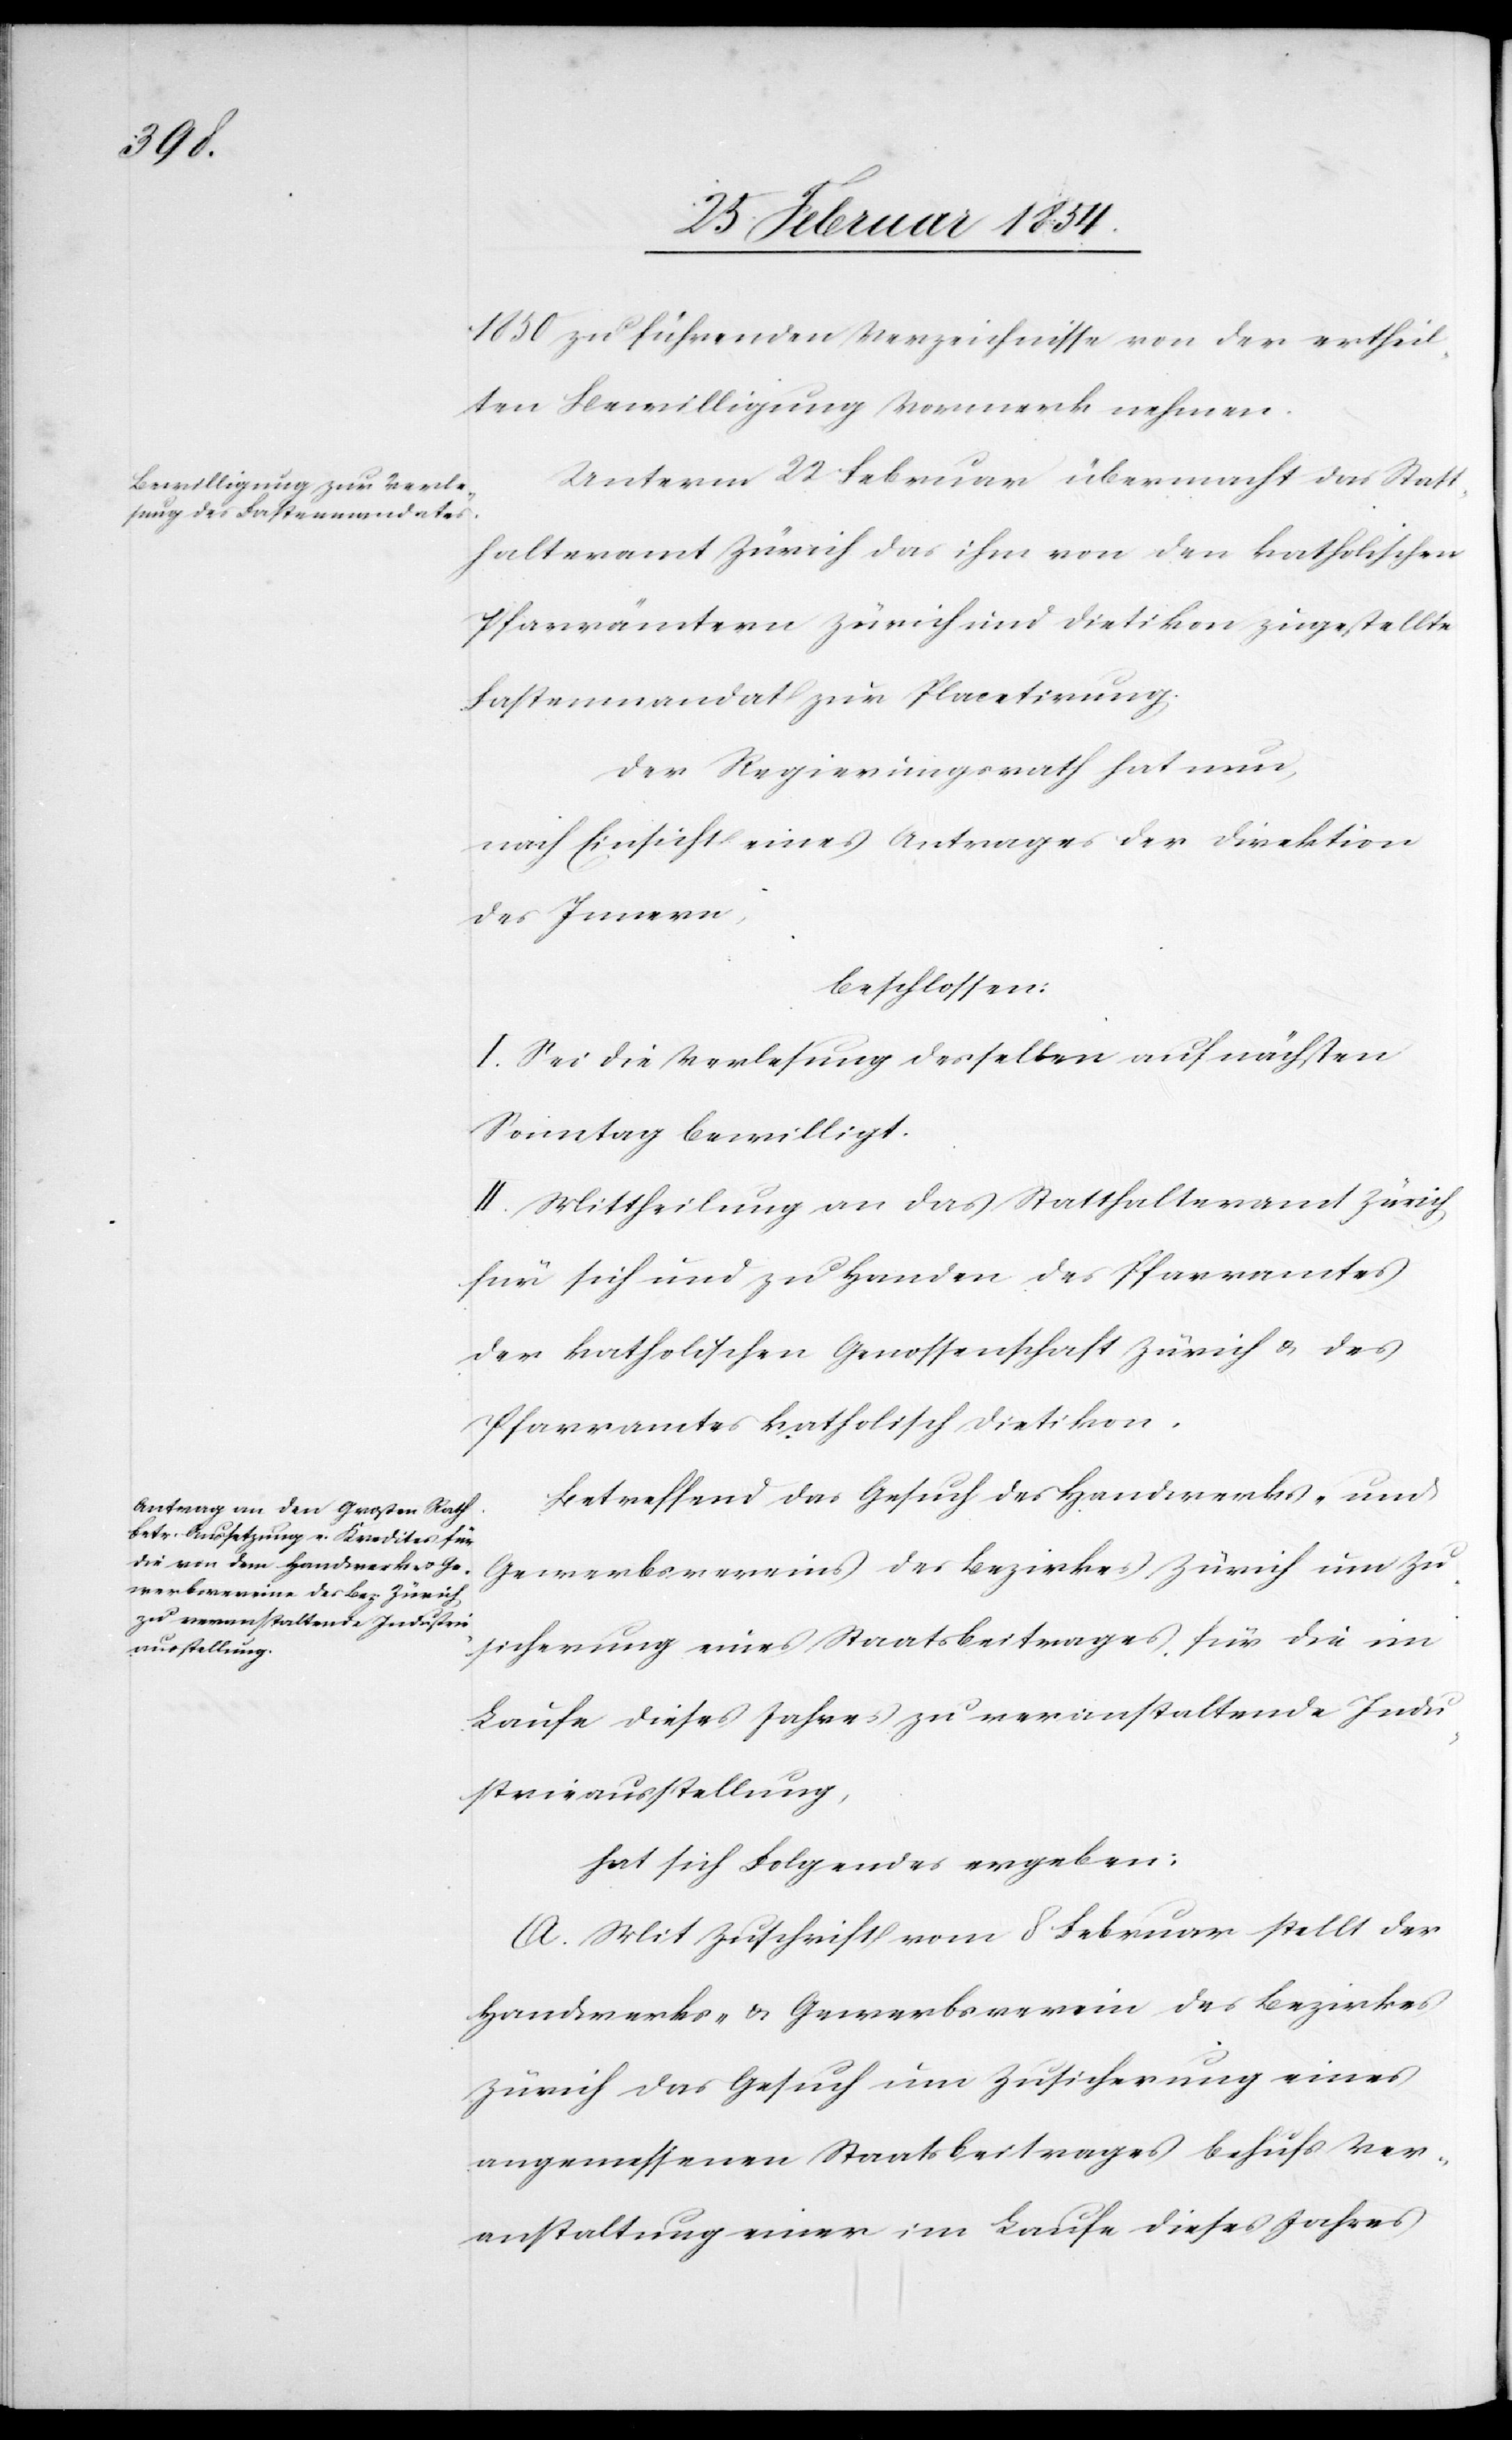
1850 zu führenden Verzeichnisse von der ertheil¬
ten Bewilligung Vermerk nehmen.
Unterm 22 Februar übermacht das Statt¬
halteramt Zürich das ihm von den katholischen
Pfarrämtern Zürich und Dietikon zugestellte
Fastenmandat zur Placetirung.
Der Regierungsrath hat nun,
nach Einsicht eines Antrages der Direktion
des Innern,
beschlossen:
I. Sei die Verlesung desselben auf nächsten
Sonntag bewilligt.
II. Mittheilung an das Statthalteramt Zürich
für sich und zu Handen des Pfarramtes
der katholischen Genossenschaft Zürich u. des
Pfarramtes katholisch Dietikon.
Betreffend das Gesuch des Handwerks- und
Gewerbsvereins des Bezirkes Zürich um Zu¬
sicherung eines Staatsbeitrages für die im
Laufe dieses Jahres zu veranstaltende Indu¬
strieausstellung,
hat sich Folgendes ergeben:
A. Mit Zuschrift vom 8 Februar stellt der
Handwerks- u. Gewerbsverein des Bezirkes
Zürich das Gesuch um Zusicherung eines
angemessenen Staatsbeitrages behufs Ver¬
anstaltung einer im Laufe dieses Jahres